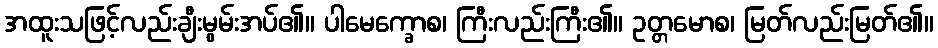
အထူးသဖြင့်လည်းချီးမွမ်းအပ်၏။ ပါမေက္ခောစ၊ ကြီးလည်းကြီး၏။ ဥတ္တမောစ၊ မြတ်လည်းမြတ်၏။